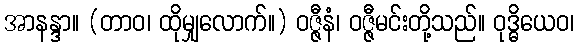
အာနန္ဒာ။ (တာဝ၊ ထိုမျှလောက်။) ဝဇ္ဇီနံ၊ ဝဇ္ဇီမင်းတို့သည်။ ဝုဒ္ဓိယေဝ၊